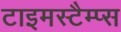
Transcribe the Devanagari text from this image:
टाइमस्टैम्प्स